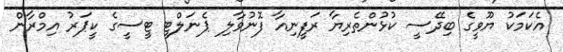
އެކަމަކު ޔޫވީގެ ބިދޭސީ ކުޅުންތެރިޔާ ރަފީނިއާ ފޮނުވާލި ޕެނަލްޓީ ޓީސީގެ ކީޕަރު އިމްރާން